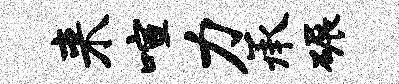
来喧力承碾